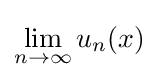
\lim _{n\to \infty }u_{n}(x)